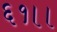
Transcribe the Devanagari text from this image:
६१।।